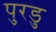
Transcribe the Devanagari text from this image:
पुरडु